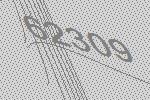
62309